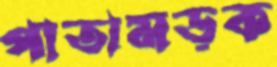
পাতামড়ক